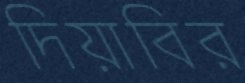
দিয়াবির